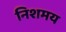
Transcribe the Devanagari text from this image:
निशमय